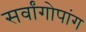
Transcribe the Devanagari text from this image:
सर्वांगोपांग